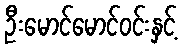
ဦးမောင်မောင်ဝင်းနှင့်